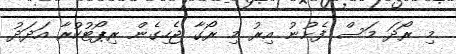
މި ރޯދަ މަސް ފެށުނު އިރު މި ރޯގާ ޖެހިގެން ރިޕޯޓުކުރާ އަދަދު